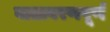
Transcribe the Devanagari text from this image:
वातावरणपूर्ण